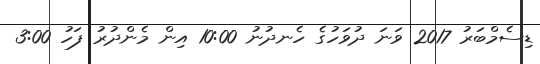
ޑިސެމްބަރު 2017 ވަނަ ދުވަހުގެ ހެނދުނު 10:00 އިން މެންދުރު ފަހު 3:00